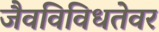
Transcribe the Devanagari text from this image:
जैवविविधतेवर